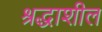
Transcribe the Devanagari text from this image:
श्रद्धाशील